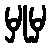
မှုမှ